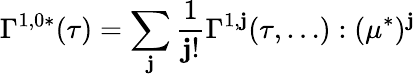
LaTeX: \Gamma^{1,0*}(\tau)=\sum_{\mathbf{j}}\frac{{1}}{{\mathbf{j}!}}\Gamma^{1,\mathbf{j}}(\tau,\dots):(\mu^{*})^{\mathbf{j}}